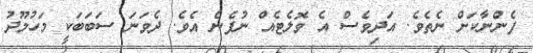
ފެންނާކަށް ނެތެވެ. އަދިވެސް އެ ވޮލެޓެއް ނުފެނެ އެވެ. ދެވަނަ ސަބަބަކީ މަހުމޫދު